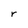
Character: r